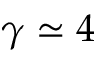
\gamma \simeq 4